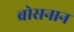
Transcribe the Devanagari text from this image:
ब्रोसनान